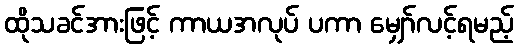
ထိုသခင်အားဖြင့် ကာယအလုပ် ပကာ မျှော်လင့်ရမည့်